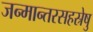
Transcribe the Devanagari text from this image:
जन्मान्तरसहस्रेषु